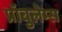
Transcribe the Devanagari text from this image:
प्रॉबुलेम्स